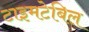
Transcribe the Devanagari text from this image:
टाइमटेबिल